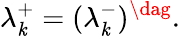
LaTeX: \lambda_{\mathit{k}}^{+}=(\lambda_{\mathit{k}}^{-})^{\dag}.